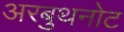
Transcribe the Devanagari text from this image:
अरबुथनोट